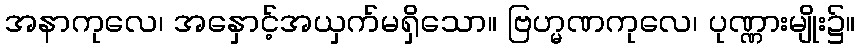
အနာကုလေ၊ အနှောင့်အယှက်မရှိသော။ ဗြဟ္မဏကုလေ၊ ပုဏ္ဏားမျိုး၌။